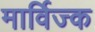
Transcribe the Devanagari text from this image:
मार्विज्क